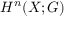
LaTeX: H ^ { n } ( X ; G )